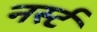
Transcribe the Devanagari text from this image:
नर्स्ट